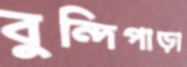
বুন্দিপাড়া